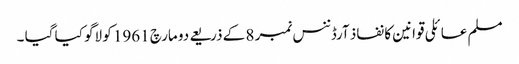
مسلم عائلی قوانین کا نفاذ آرڈننس نمبر 8 کے ذریعے دو مارچ 1961 کو لاگو کیا گیا ۔